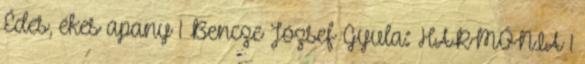
Édes, ékes apany 1 Bencze József Gyula: HARMÓNIA 1